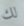
لك